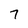
Character: 7